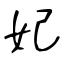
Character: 妃